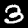
Label: 3